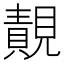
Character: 䚍